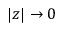
| z | \to 0